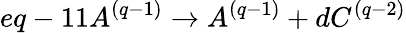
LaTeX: eq-11A^{(q-1)}\rightarrow A^{(q-1)}+dC^{(q-2)}